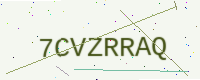
Text: 7CVZRRAQ